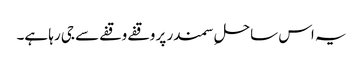
یہ اس ساحلِ سمندر پر وقفے وقفے سے جی رہا ہے۔